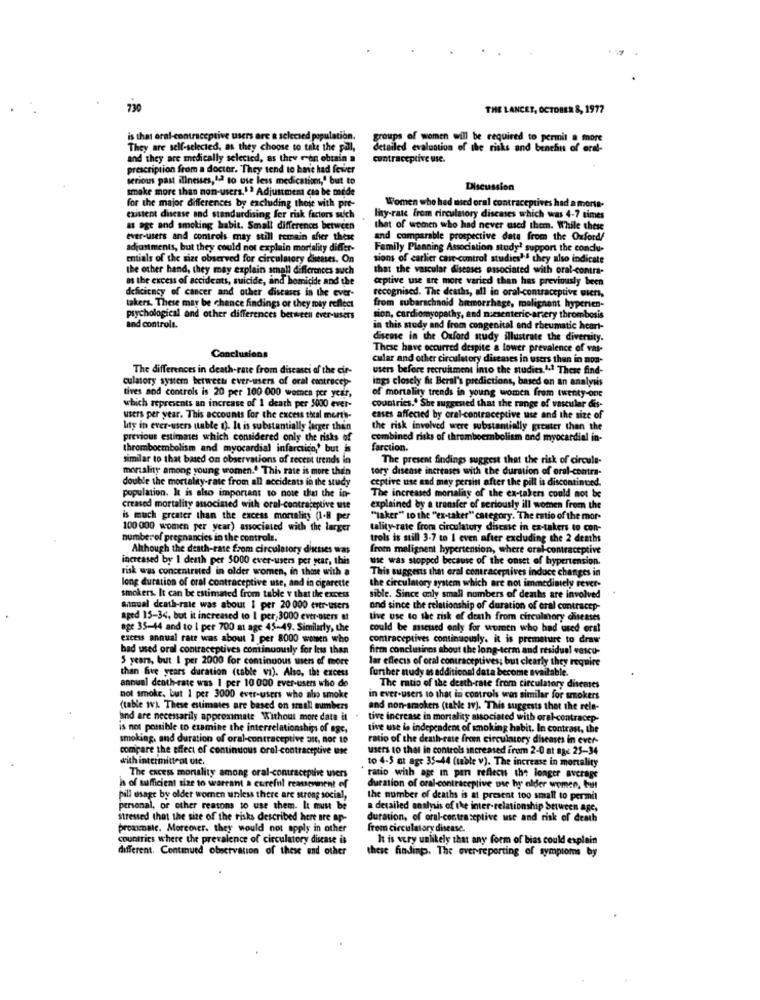
730
THE LANCET, OCTOBER 8, 1977
is that oral-contraceptive users are & selected population.
groups of women will be required to permit a more
They are self-selected, as they choose to take the pall,
detailed evaluation of the risks and benchus of eral-
and they are medically selected, as they can obtain a
contraceptive use.
prescription from a doctor. They tend to ha't had fewer
serious past illnesses,12 to use less medication," but to
smoke more than non-users." > Adjustment can be mide
Discussion
for the major differences by excluding those with pre-
Women who had used oral contraceptives had a morte-
existent disease and standardising fer risk factors sich
liny-rate from circulatory diseases which was 4-7 times
as age and smoking habit. Small differences between
that of women who had never used them. While these
ever-users and controls may still remain sher these
and comparable prospective date from the Oxford/
adjustments, but they could not explain mortality differ-
Family Planning Association study? support the condu-
entials of the size observed for circulatory dinenses. On
sions of carlier cair-control studies". they also indicate
the other hand, they may explain small differences such
that the vascular diseases associated with oral-contra-
as the excess of accidents, suicide, and homicide and the
erptive use are more varied than has previously been
deficiency of cancer and other diseases in the ever-
recognised. The deaths, all in oral-contraceptive wiert,
from subarachnoid bemorrhage, malignant hyperten-
takers. These may be chance findings or they may reflect
psychological and other differences between ever-users
sion, cardiomyopathy, and nutsenteric-artery thrombosis
and controls.
in this study and from congenital and rheumatic heart-
disene in the Oxford sudy illustrate the diversity.
Conclusions
These have occurred despite a lower prevalence of vas-
cular and other circulatory diseases in users than in non-
The differences in death-rate from discasci of the cir-
users before recruitment into the studies.1.1 These find-
culatory system between ever-users of oral contracey-
ings closely hit Beral's predictions, based on an analysis
of mortality trends in young women from twenty-one
tives and controls is 20 per 100 000 women per year,
countries." She suggested that the range of vascular dis-
which represents an increase of 1 death per 5000 ever-
users per year. This accounts for the excess theal merts-
cases affected by oral-contraceptive use and the size of
lity in ever-users uable 1). It is substantially larger than
the risk involved were substantially greater than the
previous estimates which considered only the risks of
combined risks of thromboembolism and myocardial in-
thromboembolism and myocardial infarction,' but is
farction.
similar to that based on observations of recent trends in
The present findings suggest that the risk of circule-
mortality among young women." This rate is more then
tory disease increases with the duration of oral-contra-
double the mortality-rate from all accidents in the study
ceptive use and may persint after the pill is discontinued.
population. It is also important to note that the in-
The increased morality of the ex-takers could not be
creased mortality associated with oral-contraceptive use
explained by a transfer of seriously ill women from the
is much greater than the excess mortality (1-8 per
"laker" to the "ex-taker" category. The ratio of the mor-
100 000 women per year) associated with the larger
tality-rate from circulatory disease in ex-takers to con-
numberof pregnancies in the controls.
trois is still 3-7 to I even after excluding the 2 deaths
Although the death-tase from circulatory diktes was
from melignent hypertension, where oral-contraceptive
increased by 1 death per $000 ever-users per year, this
wie was stopped because of the onset of hypertension.
risk was concentrated in older women, in those with a
This suggests that oral contraceptives induce changes in
long duration of oral contraceptive use, and in cigarette
ulatory system which are not immediately rever-
smokers. It can be estimated from table v that the excess
sible. Since only small numbers of deaths are involved
annual death-rate was about I per 20 000 ever-users
and since the relationship of duration of oral contracep-
aged 15-34, but it increased to I per, 3000 ever-users at
tive use to the risk of death from circulmory diseases
age 35-44 and to I per 700 m age 45-49. Similarly, the
could be assessed only for women who had used oral
excess annual rate was about 1 per 8000 women who
contraceptives continuously. it is premature to draw
bad used oral contraceptives continuously for less than
firm conclusinns about the long-term and residual vascu-
5 years, but I per 2000 for continuous users of more
lar effects of oral contraceptives; but clearly they require
than five years duration (table vi). Also, the excess
annuel death-rate was I per 10 000 ever-users who de
further nudy as additional data become available.
The ratio of the death-rate from circulatory diseases
not smoke, but 1 per 3000 ever-users who abo smoke
in ever-users to that in controls was similar for smokers
(table Iv) These estimates are based on small numbers
and non-smokers (table av). This suggests that the rele-
and are necessarily approximate Without more data it
tive increase in mortality associated with oral-contracep-
is not possible to examine the interrelationships of age,
tive use is independent of smoking habit. In contrast, the
smoking. and duration of oral-contraceptive ait, nor 10
ratio of the death-rate from circulatory diseases in ever-
compare the effect of continuous oral contraceptive use
users to that in controls increased from 2-0 at age 25-34
with intermittent ute.
to 4-5 at age 35-44 (table v). The increase in mortality
The cacess mortality among oral-contraceptive users
ratio with age in per reflect the longer average
is of sufficient size to warrant a cureful reauement of
duration of oral contraceptive use hy older women, but
pill usage by older women unless there are strong social,
the number of deaths is at present too small to permil
personal, or other reasons to use them. It must be
a detailed analysis of the inter-relationship Setween age.
stressed that the size of the risks described here are ap-
duration, of oral-contraceptive use and risk of death
proamale. Moreover. they would not apply in other
frem circulatory disease.
countries where the prevalence of circulatory disease is
It is very unlikely that any form of bias could explain
different. Continued observation of these and other
these findingp. The ever-reporting of symptoms by